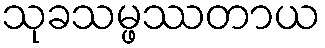
သုခသမ္ဖဿတာယ